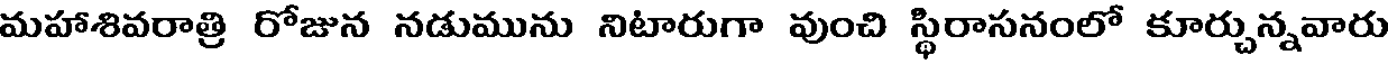
మహాశివరాత్రి రోజున నడుమును నిటారుగా వుంచి స్థిరాసనంలో కూర్చున్నవారు